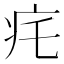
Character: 𤴱